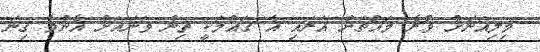
މިލިއަނަށް ވުރެ މައްޗަށް އަރައި އެ ގައުމަކީ ތިން ވަނައަށް އެންމެ ގިނަ